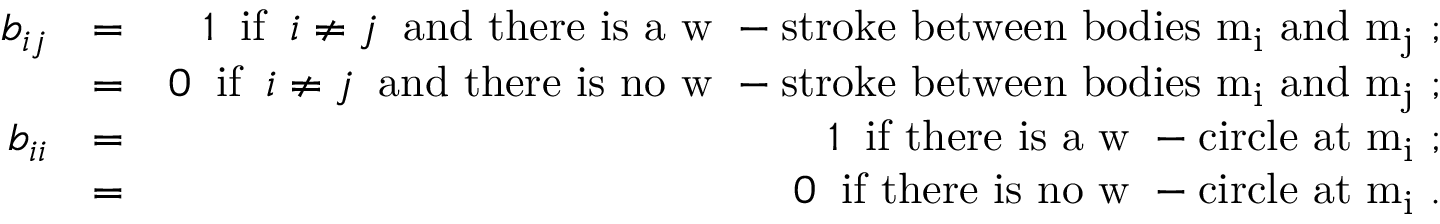
\begin{array} { r l r } { b _ { i j } } & { = } & { 1 \; \; \mathrm { i f } \; \; i \neq j \; \; \mathrm { a n d ~ t h e r e ~ i s ~ a ~ w ~ - s t r o k e ~ b e t w e e n ~ b o d i e s ~ m _ i ~ a n d ~ m _ j ~ } ; } \\ & { = } & { 0 \; \; \mathrm { i f } \; \; i \neq j \; \; \mathrm { a n d ~ t h e r e ~ i s ~ n o ~ w ~ - s t r o k e ~ b e t w e e n ~ b o d i e s ~ m _ i ~ a n d ~ m _ j ~ } ; } \\ { b _ { i i } } & { = } & { 1 \; \; \mathrm { i f ~ t h e r e ~ i s ~ a ~ w ~ - c i r c l e ~ a t ~ m _ i ~ } ; } \\ & { = } & { 0 \; \; \mathrm { i f ~ t h e r e ~ i s ~ n o ~ w ~ - c i r c l e ~ a t ~ m _ i ~ } . } \end{array}